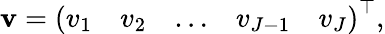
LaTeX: \mathbf{v}=\left(\begin{array}{lllll}{v_{1}}&{v_{2}}&{\dots}&{v_{J-1}}&{v_{J}}\end{array}\right)^{\top},